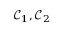
{ \mathcal { C } } _ { 1 } , { \mathcal { C } } _ { 2 }